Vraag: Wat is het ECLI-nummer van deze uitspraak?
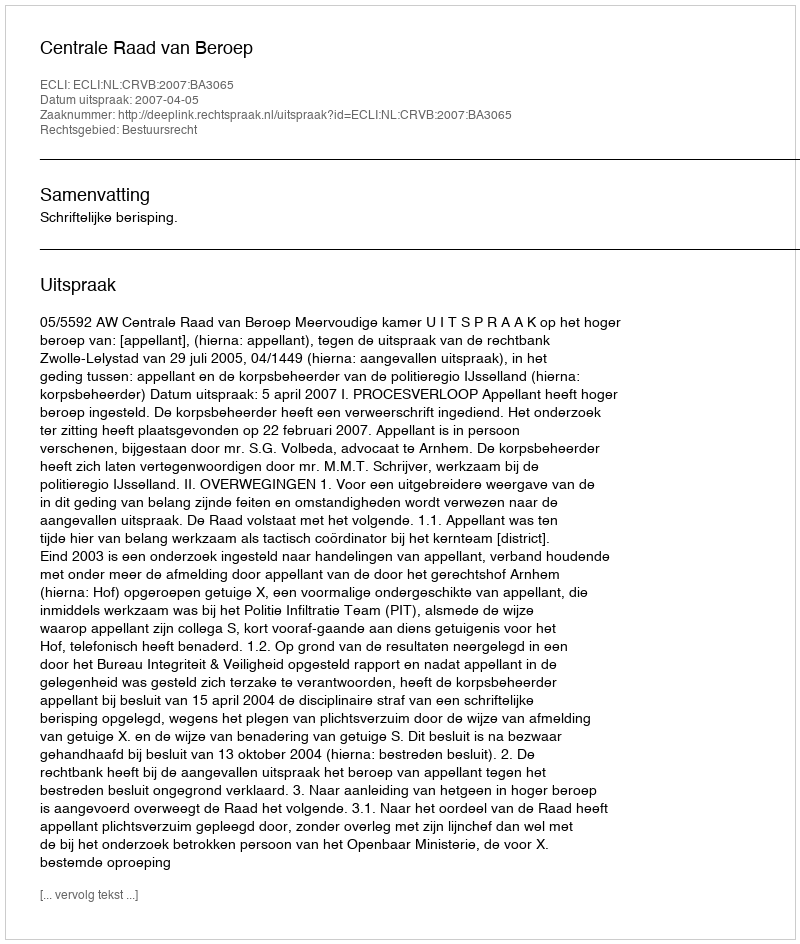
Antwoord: ECLI:NL:CRVB:2007:BA3065